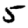
Digit: 5